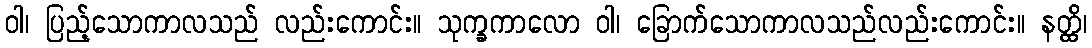
ဝါ၊ ပြည့်သောကာလသည် လည်းကောင်း။ သုက္ခကာလော ဝါ၊ ခြောက်သောကာလသည်လည်းကောင်း။ နတ္ထိ၊